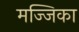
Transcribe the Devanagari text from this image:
मज्जिका